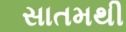
સાતમથી